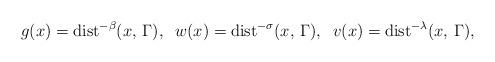
LaTeX: \begin{align*}g(x) = {\rm dist}^{‐\beta}(x, \, \Gamma), \;\; w(x) = {\rm dist}^{‐\sigma}(x, \, \Gamma), \;\; v(x) = {\rm dist}^{‐\lambda}(x, \, \Gamma),\end{align*}